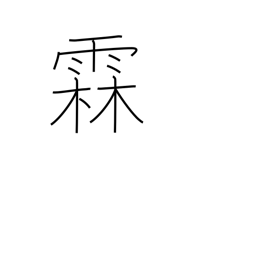
Meaning: long rainy spell